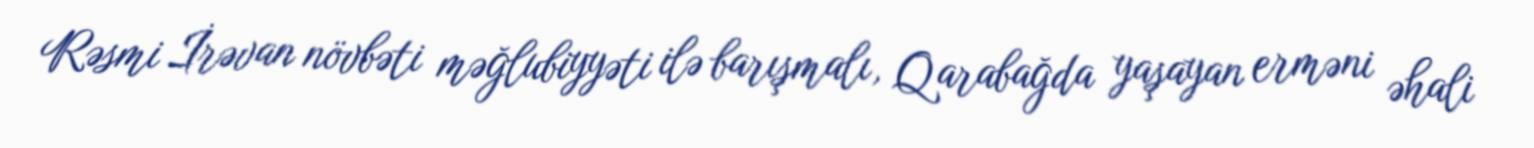
Rəsmi İrəvan növbəti məğlubiyyəti ilə barışmalı, Qarabağda yaşayan erməni əhali